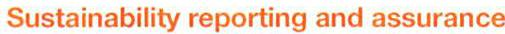
Sustainability reporting and assurance